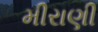
મીરાણી